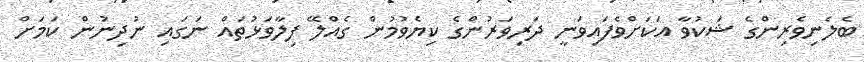
ބެލެނިވެރިންގެ ޝަކުވާ އަކަށްވެފައިވަނީ ދަރިވަރުންގެ ކިޔެވުމުން ގެއްލޭ ފިލާވަޅުތައް ނަގައި ނުދިނުން ކަމަށް